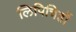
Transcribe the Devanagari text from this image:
लिपिचिहों